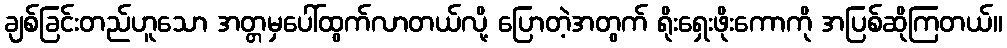
ချစ်ခြင်းတည်ဟူသော အတ္တမှပေါ်ထွက်လာတယ်လို့ ပြောတဲ့အတွက် ရိုးရှေးဖိုးကောကို အပြစ်ဆိုကြတယ်။